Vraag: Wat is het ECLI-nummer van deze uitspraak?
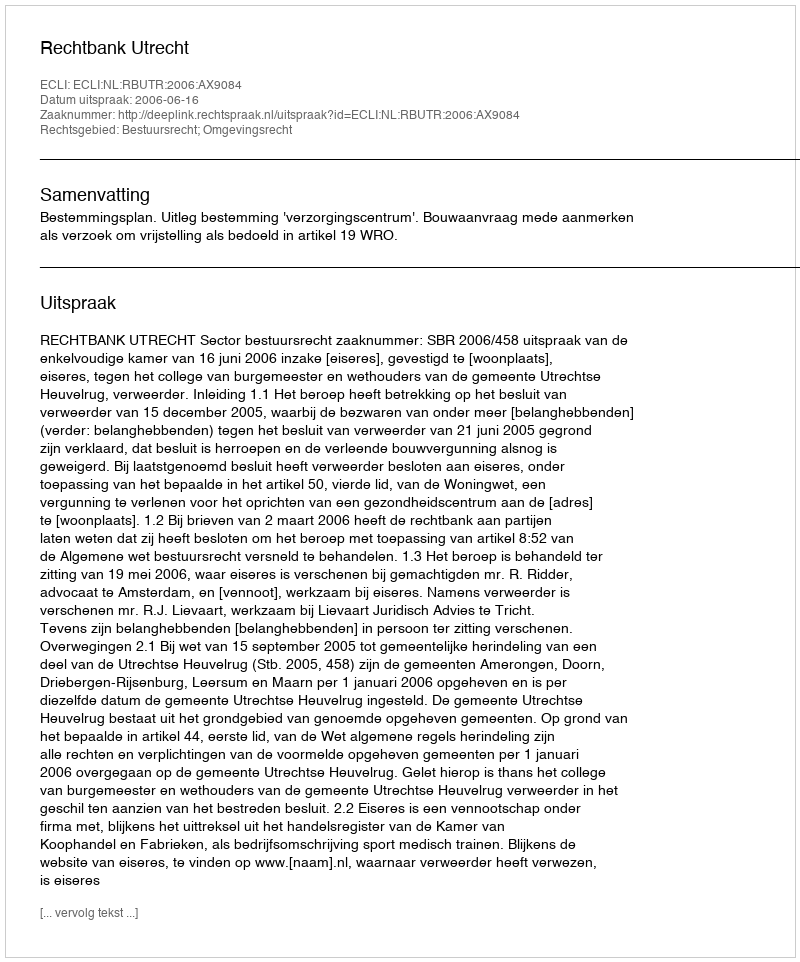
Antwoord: ECLI:NL:RBUTR:2006:AX9084